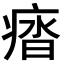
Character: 𭼖